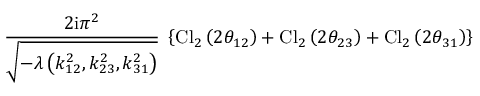
\frac { 2 \mathrm { i } \pi ^ { 2 } } { \sqrt { - \lambda \left( k _ { 1 2 } ^ { 2 } , k _ { 2 3 } ^ { 2 } , k _ { 3 1 } ^ { 2 } \right) } } \; \left\{ \mathrm { C l } _ { 2 } \left( 2 \theta _ { 1 2 } \right) + \mathrm { C l } _ { 2 } \left( 2 \theta _ { 2 3 } \right) + \mathrm { C l } _ { 2 } \left( 2 \theta _ { 3 1 } \right) \right\}